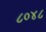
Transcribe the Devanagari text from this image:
८०४८